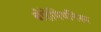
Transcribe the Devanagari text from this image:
बोहेमियनिस्म